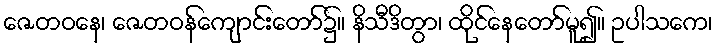
ဇေတဝနေ၊ ဇေတဝန်ကျောင်းတော်၌။ နိသီဒိတွာ၊ ထိုင်နေတော်မူ၍။ ဥပါသကေ၊